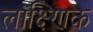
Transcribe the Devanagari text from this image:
लाक्ष्णिक